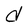
Character: d